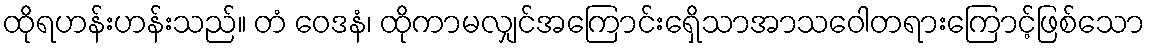
ထိုရဟန်းဟန်းသည်။ တံ ဝေဒနံ၊ ထိုကာမလျှင်အကြောင်းရှေိသာအာသဝေါတရားကြောင့်ဖြစ်သော